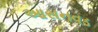
આસનવડ